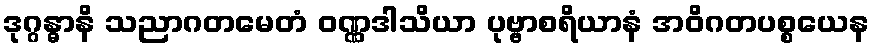
ဒုဂ္ဂန္ဓာနိ သညာဂတမေတံ ဝဏ္ဏဒါသိယာ ပုဗ္ဗာစရိယာနံ အဝိဂတပစ္စယေန